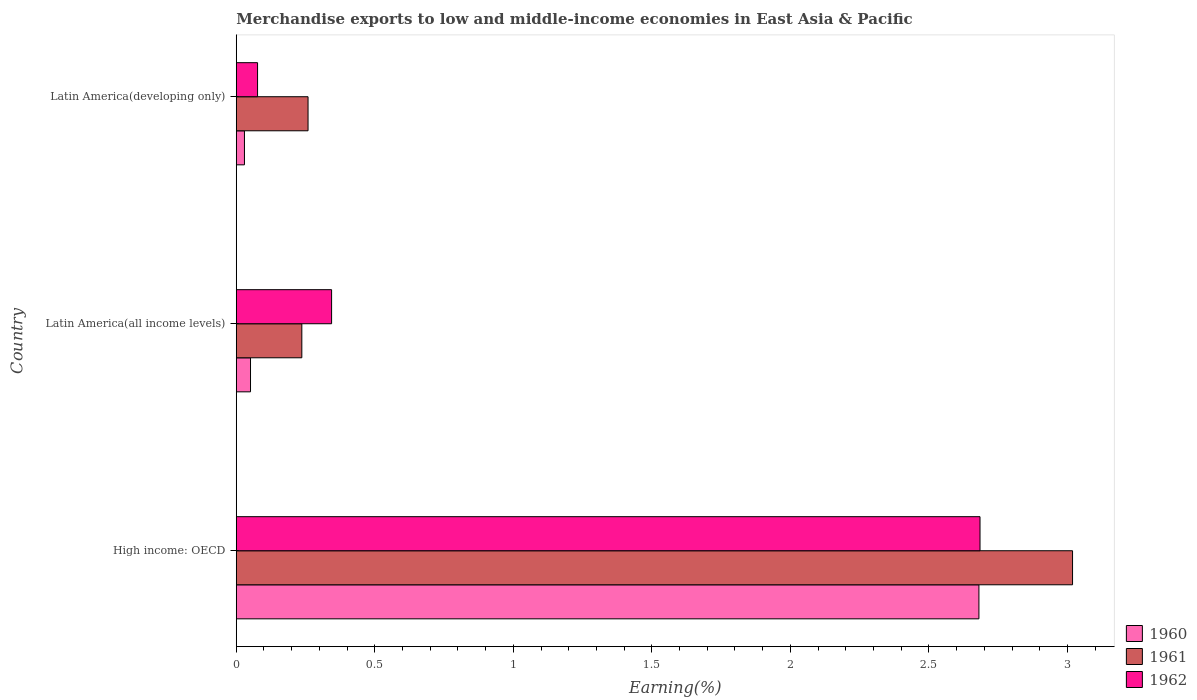
| Country | 1960 | 1961 | 1962 |
 | --- | --- | --- | --- |
 | High income: OECD | 2.68 | 3.02 | 2.68 |
 | Latin America(all income levels) | 0.0515 | 0.237 | 0.344 |
 | Latin America(developing only) | 0.0296 | 0.259 | 0.0769 |